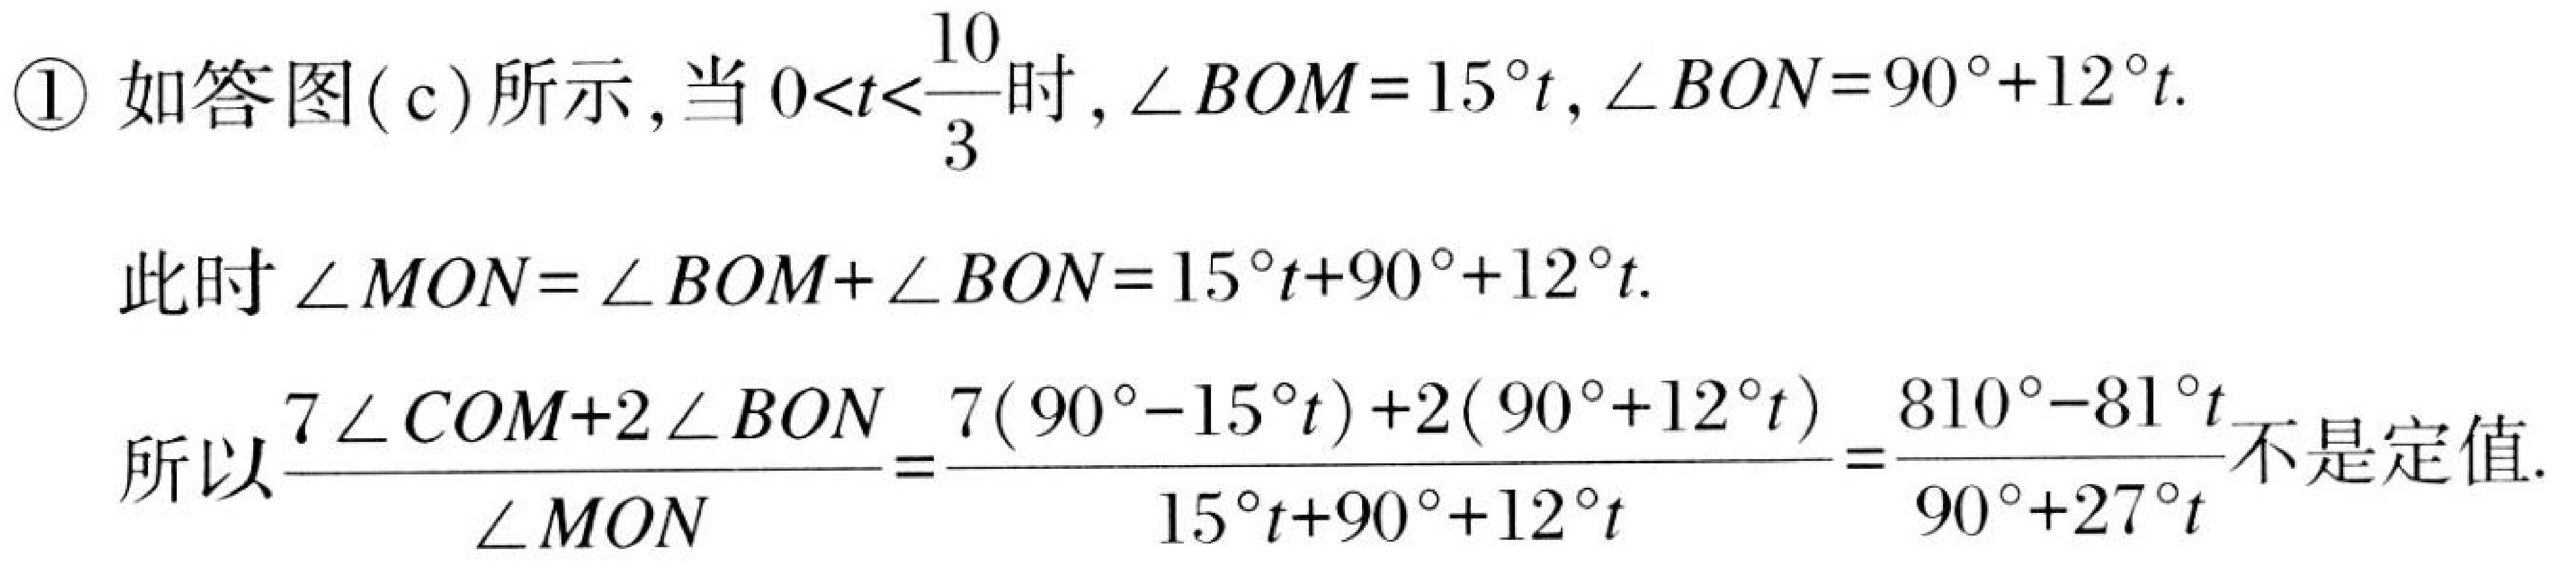
\textcircled{1} 如答图( c) 所示，当\(0<t<\dfrac{10}{3}\)时，\(\angle BOM = 15^{\circ}t\)，\(\angle BON = 90^{\circ}+12^{\circ}t\).
此时\(\angle MON=\angle BOM+\angle BON = 15^{\circ}t+90^{\circ}+12^{\circ}t\).
所以\(\dfrac{7\angle COM + 2\angle BON}{\angle MON}=\dfrac{7(90^{\circ}-15^{\circ}t)+2(90^{\circ}+12^{\circ}t)}{15^{\circ}t+90^{\circ}+12^{\circ}t}=\dfrac{810^{\circ}-81^{\circ}t}{90^{\circ}+27^{\circ}t}\)不是定值.